Bréfritari: Ásgeir Tryggvi Friðgeirsson
Dagsetning: A-1895-05-12
Skrifað á: Hofi  N-Múl.

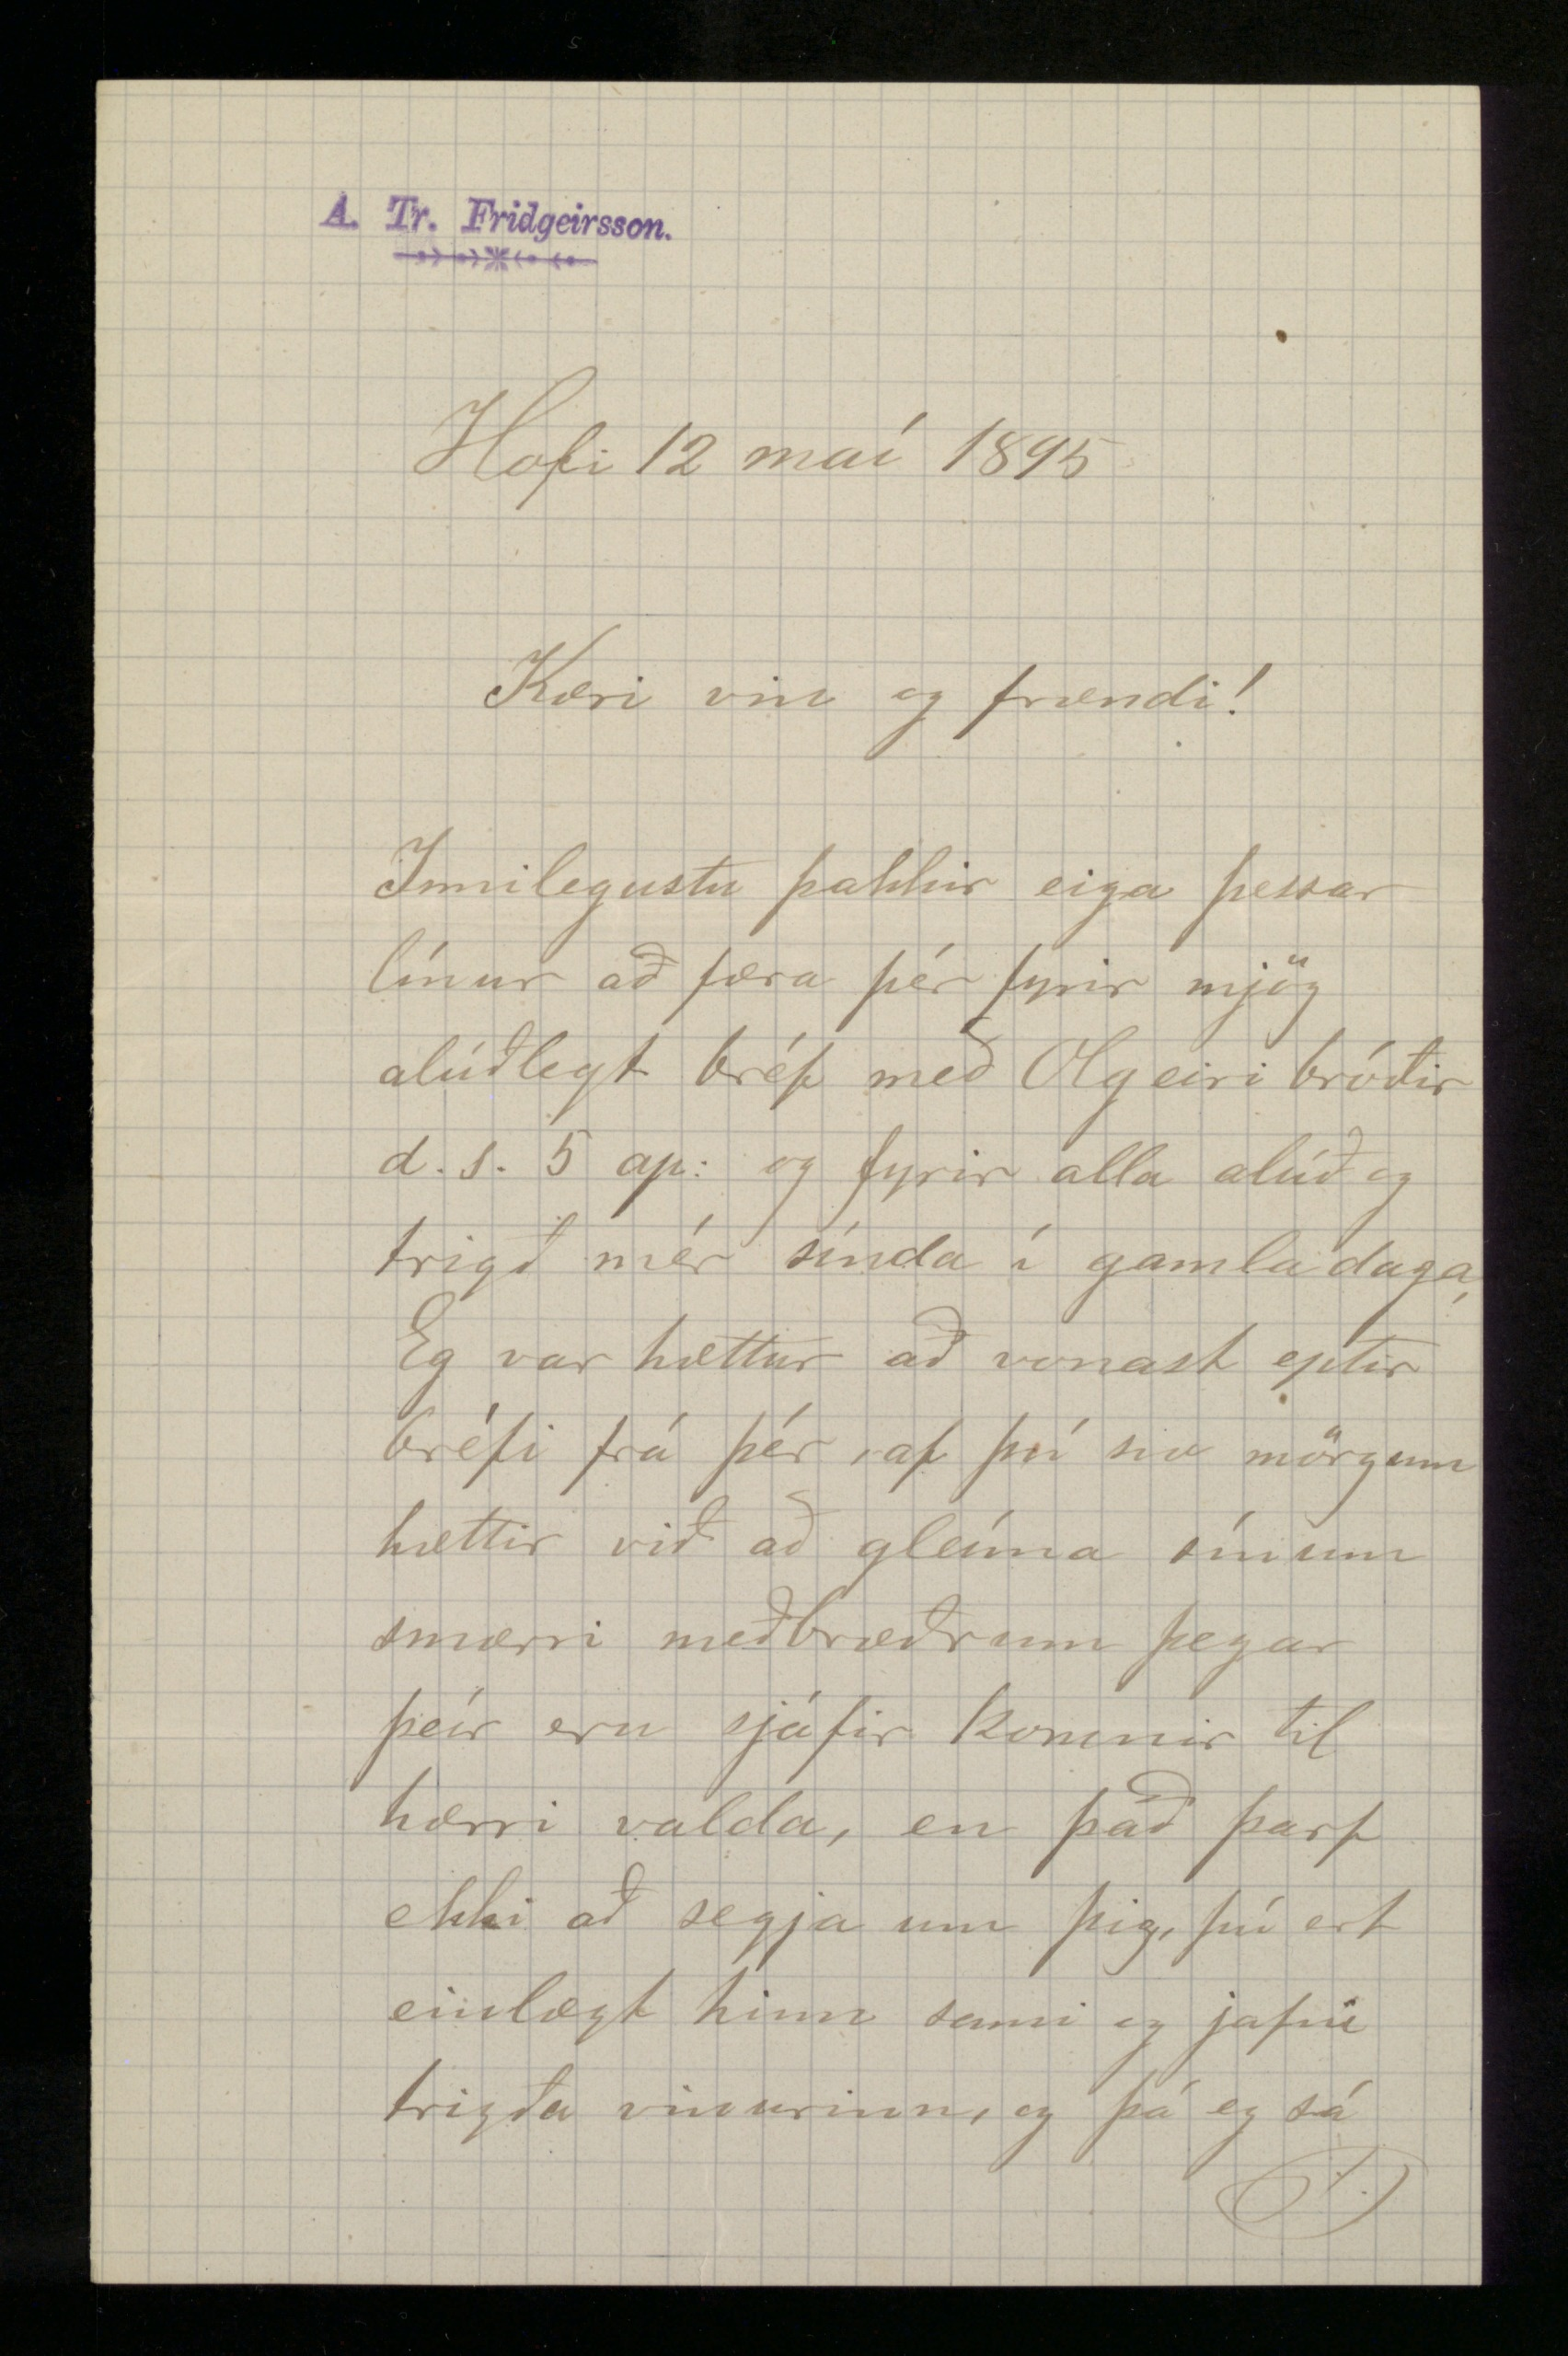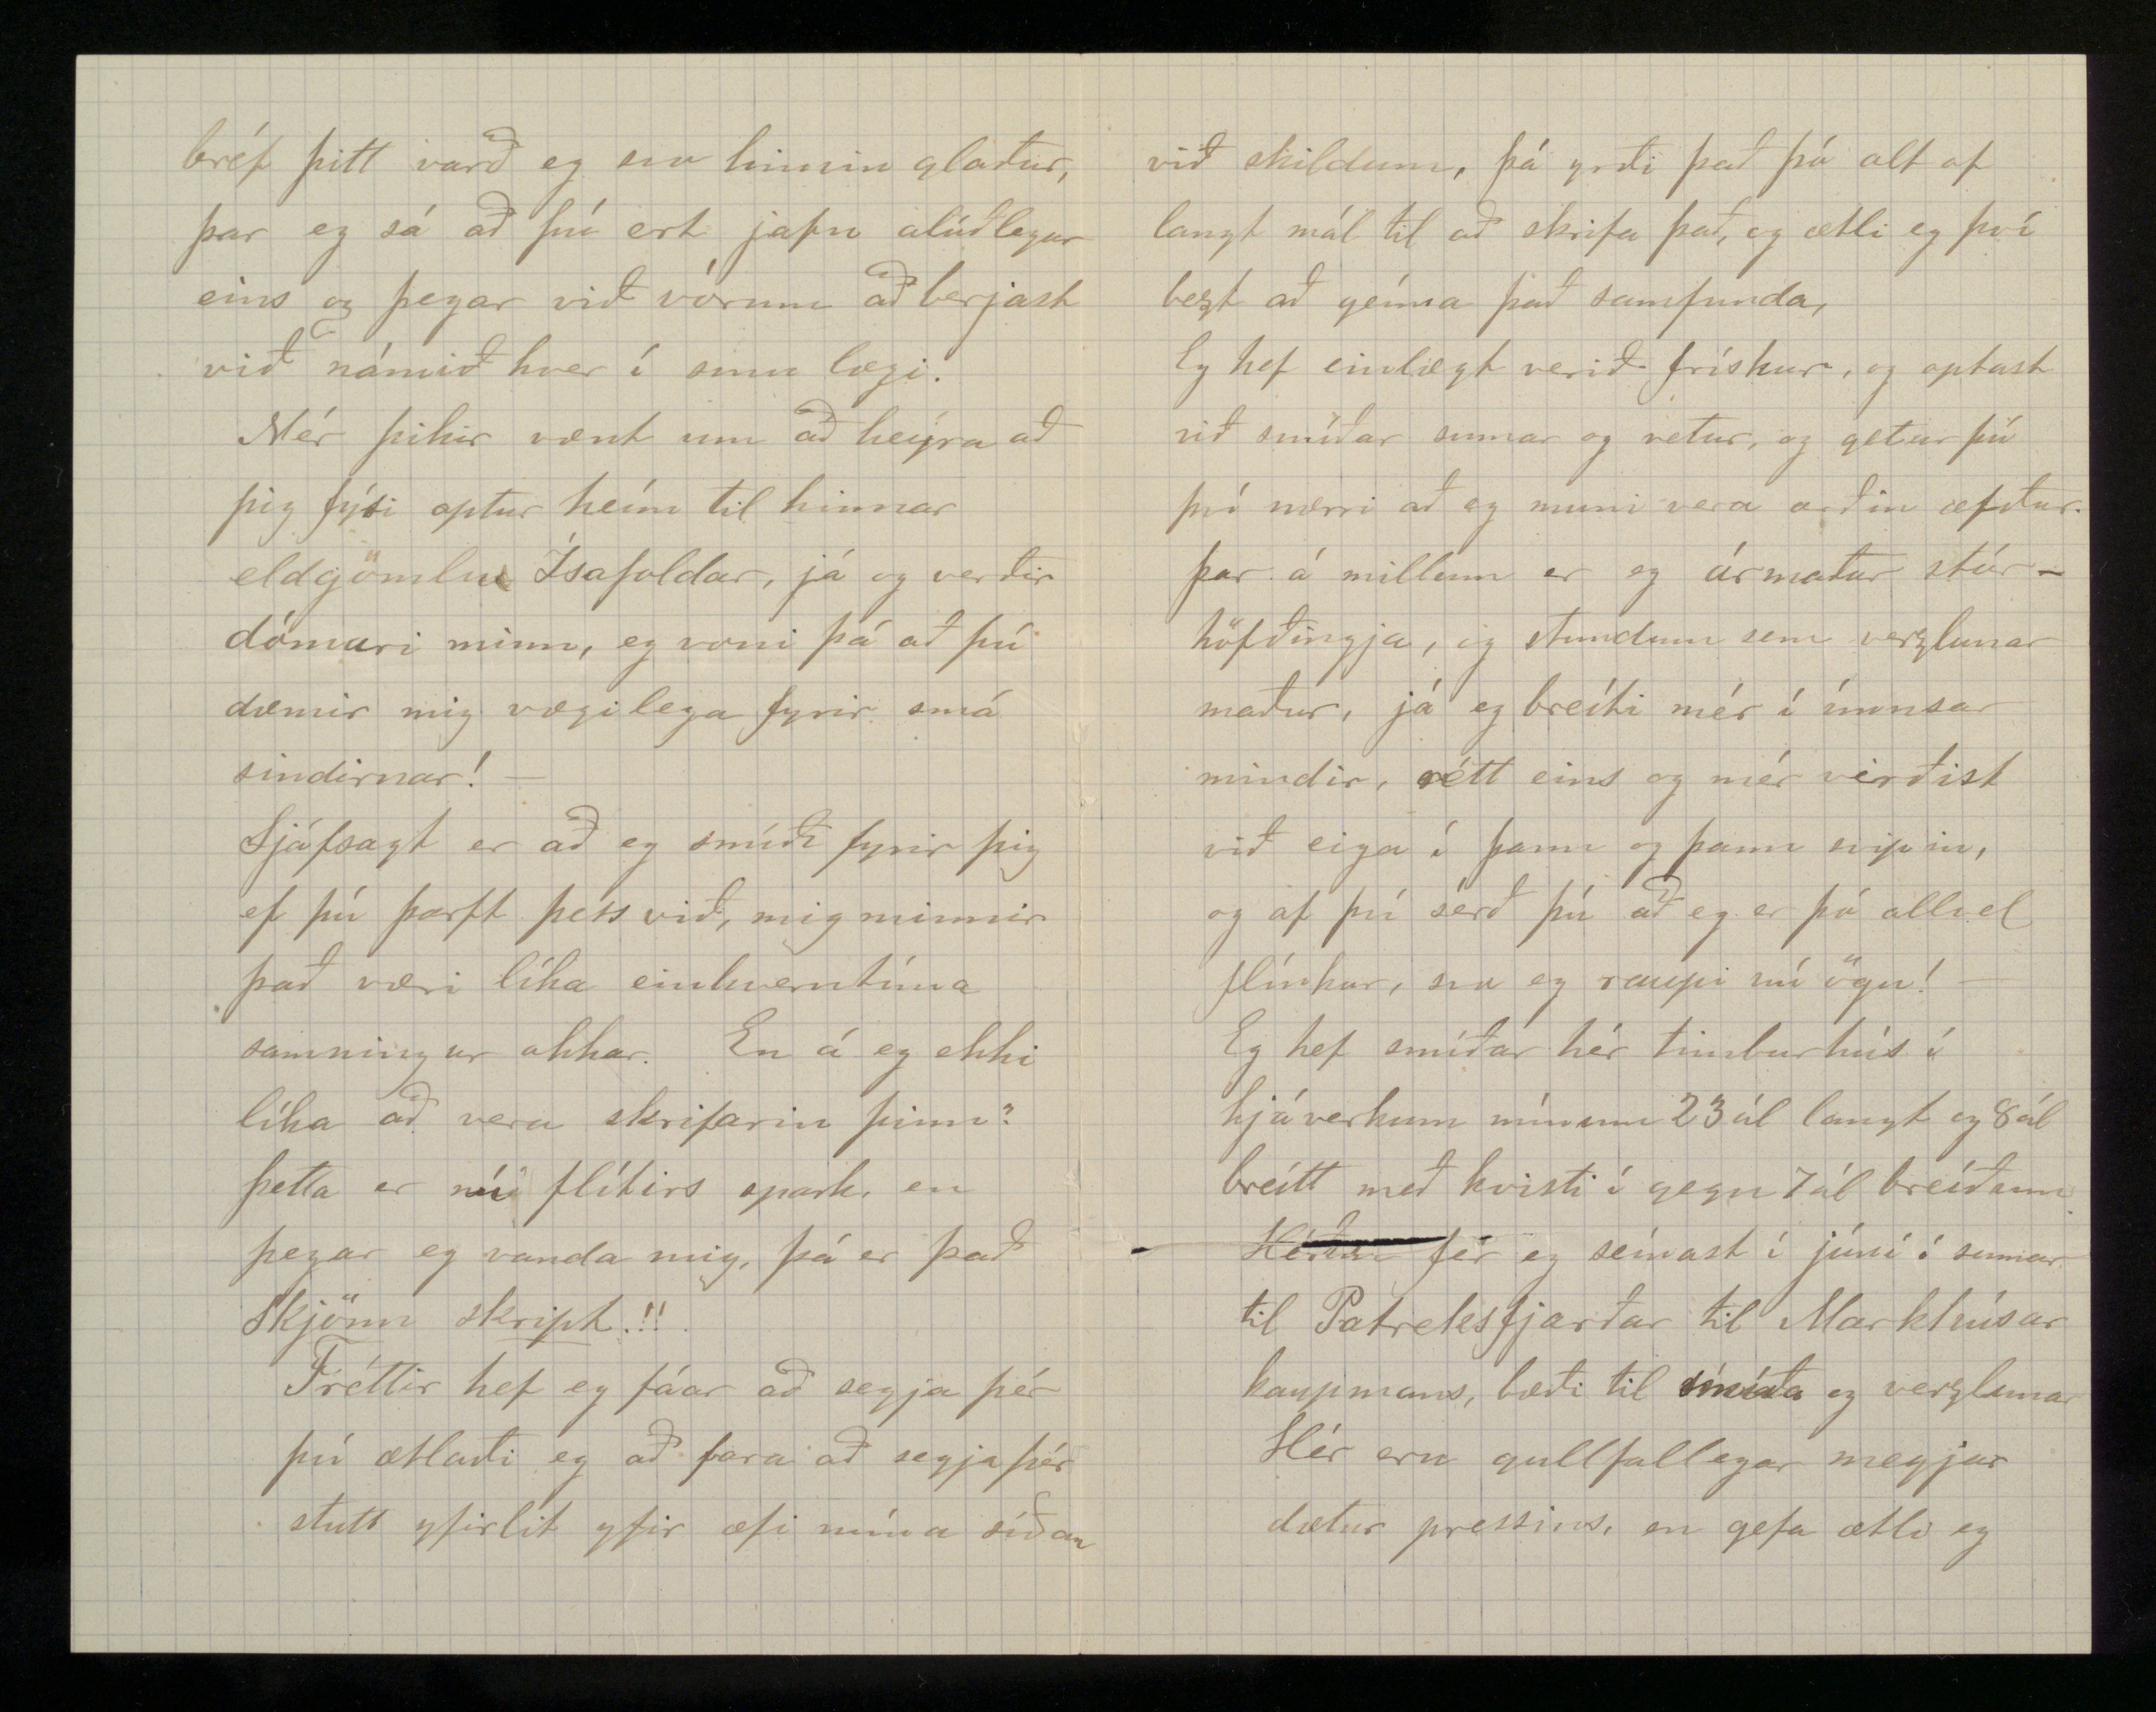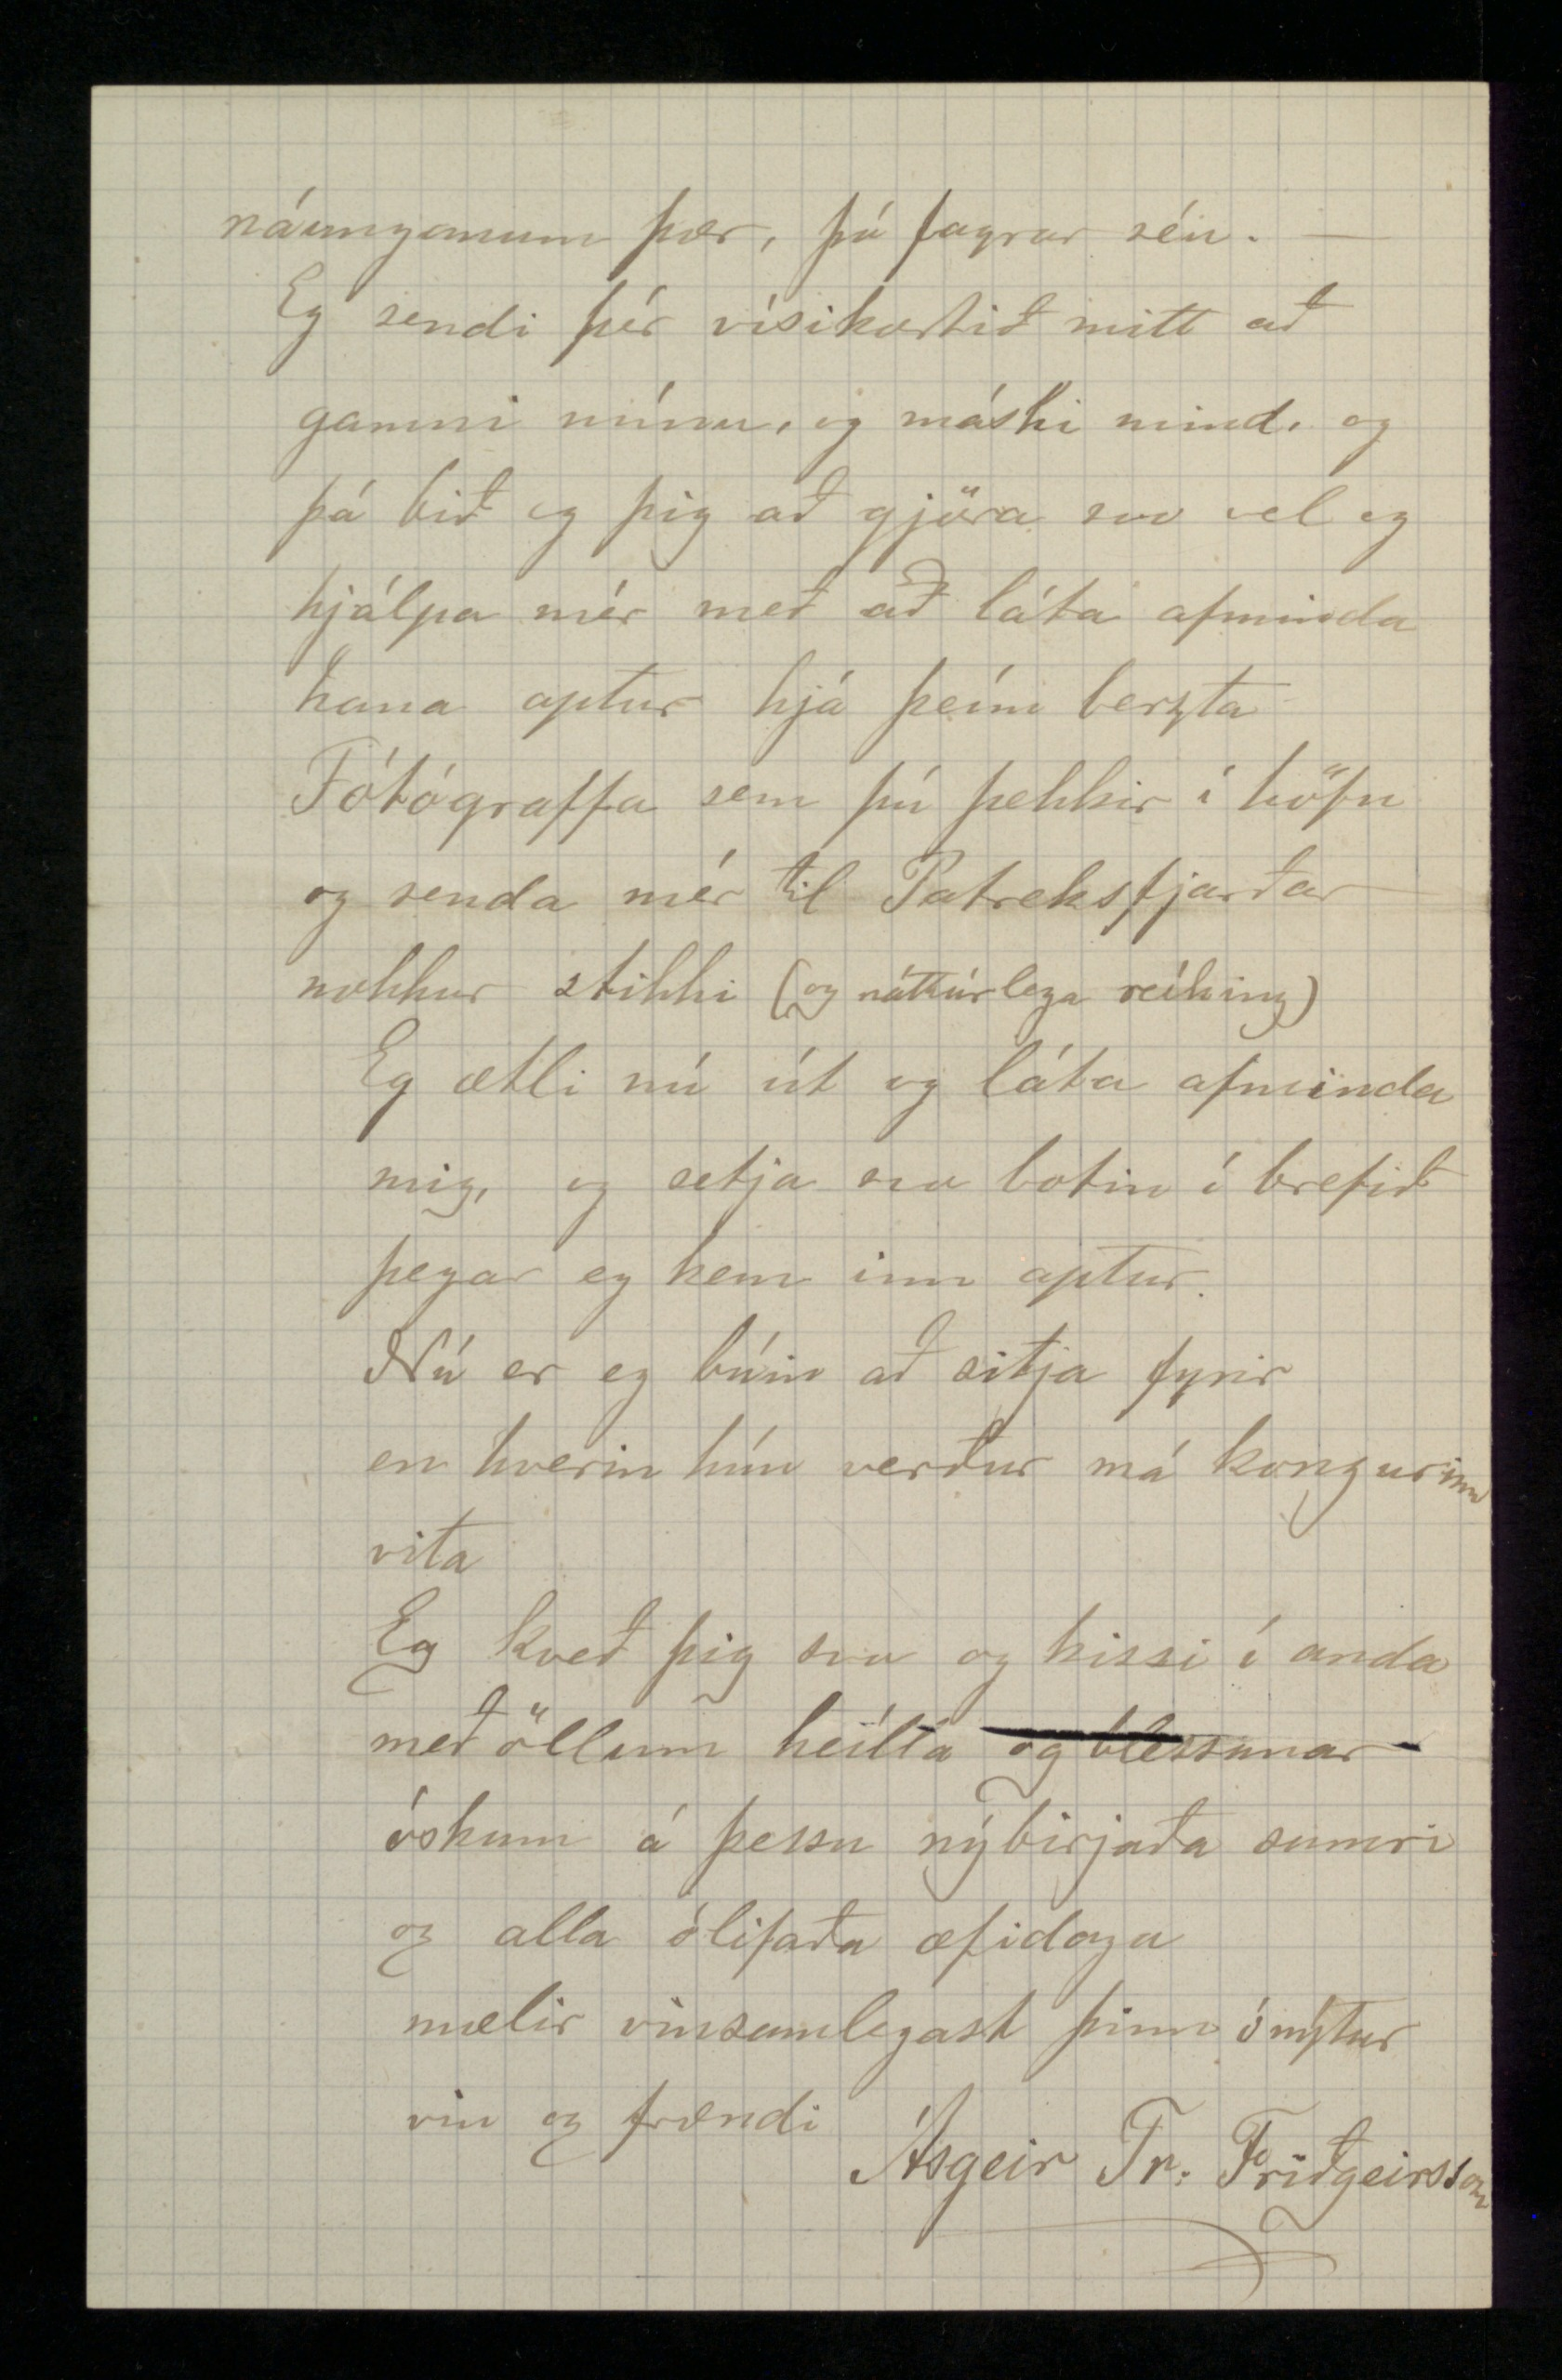

Hofi 12 maí 1895
Kæri vin og frændi!
Innilegustu þakkir eiga þessar línur að færa þér fyrir mjög alúðlegt bréf með Olgeiri bróðir d.s. 5 ap: og fyrir alla alúð og trigð mér sínda í gamladaga. Eg var hættur að vonast eptir bréfi frá þér, af því svo mörgum hættir við að gleíma sínum smærri meðbræðrum þegar þeír eru sjálfir komnir til hærri valda, en það þarf ekki að segja um þig, þú ert einlægt hinn sami og jafni trigða vinurinn, og þá eg sá
bréf þitt varð eg svo himinglaður, þar eg sá að þú ert jafn alúðlegur eins og þegar við vórum að berjast við námið hver í sinu lægi.
Mér þikir vænt um að heyra að þig fýsi aptur heím til hinnar eldgömlu Ísafoldar, já og verðir dómari minn, eg voni þá að þú dæmir mig vægilega fyrir smá sindirnar! -
Sjálfsagt er að eg smíði fyrir þig ef þú þarft þess við, mig minnir það væri líka einhverntíma samningur okkar. En á eg ekki líka að vera skrifarin þinn? Þetta er nú flítirs spark, en þegar eg vanda mig þá er það
Skjönn skript
!!
Fréttir hef eg fáar að segja þér því ætlaði eg að fara að segja þér stutt yfirlit yfir æfi mína síðan
við skildum, þá yrði það þá alt of langt mál til að skrifa það, og ætli eg því best að geíma það samfunda.
Eg hef einlægt verið frískur, og optast við smíðar sumar og vetur, og getur þú því nærri að eg muni vera orðin æfður. Þar á millum er eg ármaður stórhöfðingja, og stundum sem verzlunar maður, já eg breíti mér í
ímissar
mindir, rétt eins og mér virðist við eiga í þann og þann svipin, og af því sérð þú að eg er þá allvel flínkur, svo eg raupi nú ögn! Eg hef smíðar hér timburhús í hjáverkum mínum 23 ál langt og 8 ál breitt með kvisti í gegn 7 ál breíðum Héðan fer eg seinast í júní í sumar til Patreksfjarðar til Markhúsar kaupmans, bæði til smíða og verzlunar Hér eru gullfallegar meyjar dætur pressins, en gefa ætli eg
náunganum þær, þó fagrar séu. -
Eg sendi þér vísikortið mitt að gamni mínu, og máski mind, og þá bið eg þig að gjöra svo vel og hjálpa mér með að láta afminda hana aptur hjá þeím berzta Fótógraffa sem þú þekkir í höfn og senda mér til Patreksfjarðar nokkur stikki (og náttúrlega reíkning)
Eg ætli nú út og láta afminda mig, og setja svo
botin
í brefið þegar eg kem inn aptur.
Nú er eg búin að sitja fyrir en hverin hún verður má kongurinn vita
Eg kveð þig svo og kissi í anda með öllum heílla og blessunar óskum á þessu nýbirjaða sumri og alla ólifaða æfidaga
mælir vinsamlegast þinn ónýtur vin og frændi
Ásgeir Tr: Friðgeirsson